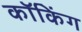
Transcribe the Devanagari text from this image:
कॉकिंग